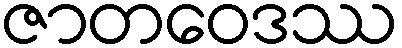
ဇာတဝေဒဿ